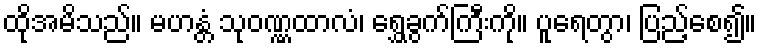
ထိုအမိသည်။ မဟန္တံ သုဝဏ္ဏထာလံ၊ ရွှေခွက်ကြီးကို။ ပူရေတွာ၊ ပြည့်စေ၍။